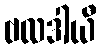
ဗလဒါယီ